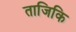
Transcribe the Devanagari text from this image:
ताजिकि